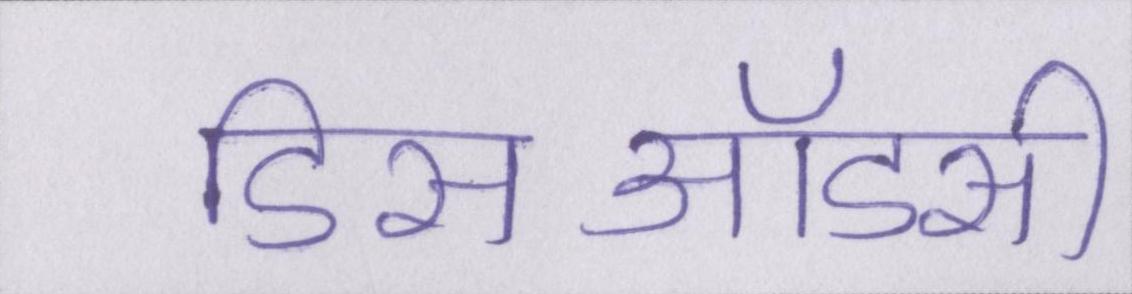
डिसऑडर्स